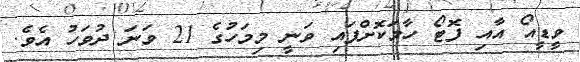
ވީޑީއޯ އާއި ފޮޓޯ ހާމަކޮށްފައި ވަނީ މިމަހުގެ 21 ވަނަ ދުވަހު އެވެ.